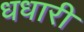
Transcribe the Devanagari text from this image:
धधारी